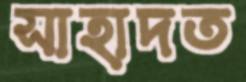
সাহাদত